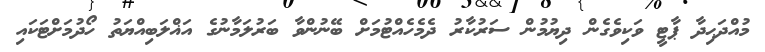
މުއްދަޙިދާ ޕާޓީ ވަކިވެގެން ދިޔުމުން ސަރުކާރު ދެމެހެއްޓުމަށް ބޭނުންވާ ބަރުލަމާނުގެ އަޣްލަބިއްޔަތު ހޯދުމަށްޓަކައި